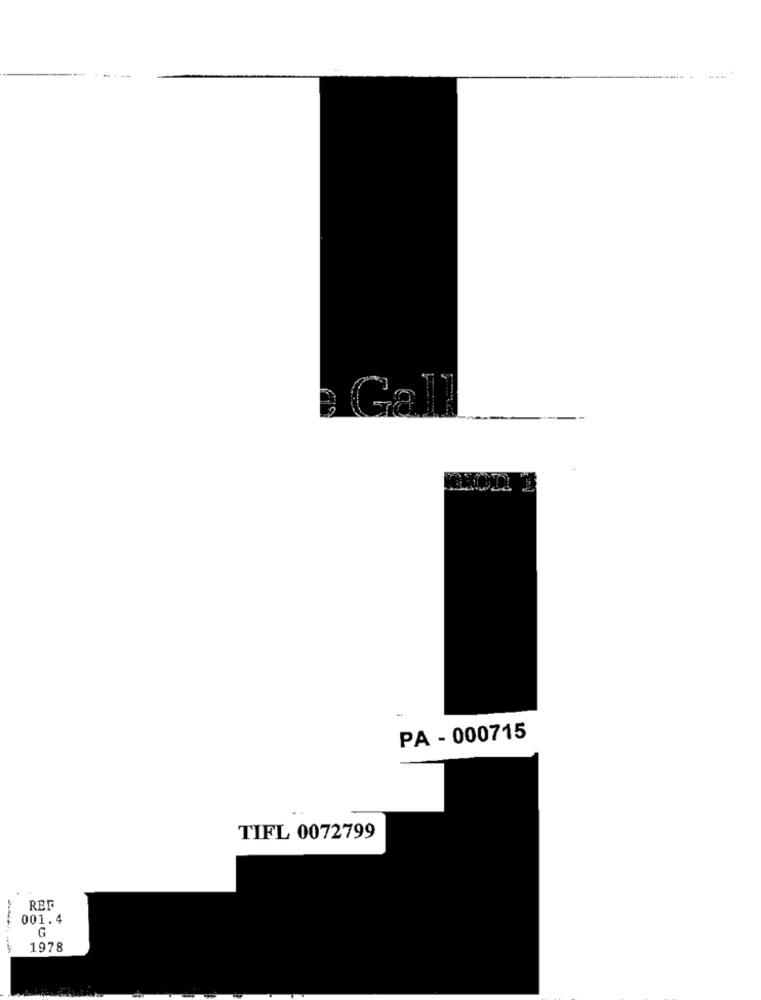
Gal
PA - 000715
TIFL 0072799
REF
001. 4
G
1978